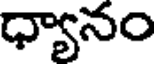
ధ్యానం